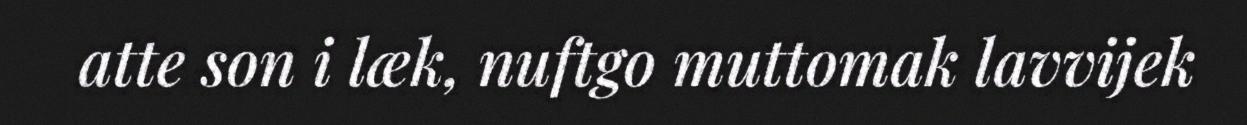
atte son i læk, nuftgo muttomak lavvijek